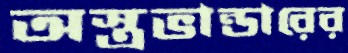
অস্ত্রভান্ডারের